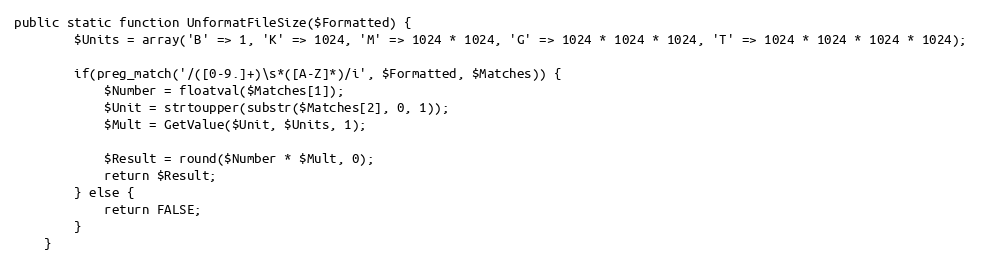
Language: PHP
public static function UnformatFileSize($Formatted) {
		$Units = array('B' => 1, 'K' => 1024, 'M' => 1024 * 1024, 'G' => 1024 * 1024 * 1024, 'T' => 1024 * 1024 * 1024 * 1024);

		if(preg_match('/([0-9.]+)\s*([A-Z]*)/i', $Formatted, $Matches)) {
			$Number = floatval($Matches[1]);
			$Unit = strtoupper(substr($Matches[2], 0, 1));
			$Mult = GetValue($Unit, $Units, 1);

			$Result = round($Number * $Mult, 0);
			return $Result;
		} else {
			return FALSE;
		}
	}